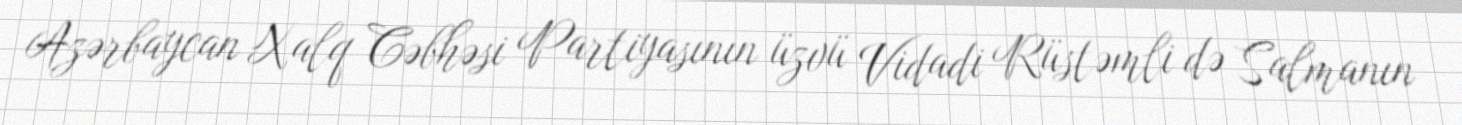
Azərbaycan Xalq Cəbhəsi Partiyasının üzvü Vidadi Rüstəmli də Salmanın